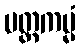
ပတ္တကမ္မံ